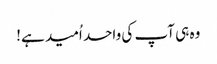
وہ ہی آپ کی واحد اُمید ہے!